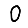
Digit: 0